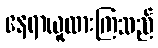
နေရာယူထားကြသည်